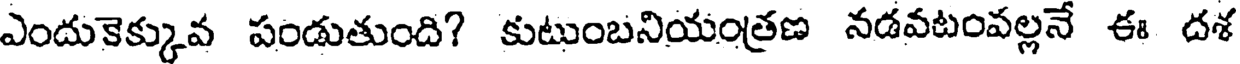
ఎందుకెక్కువ పండుతుంది? కుటుంబనియంత్రణ నడవటంవల్లనే ఈ దశ